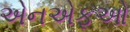
એનએફઓ